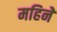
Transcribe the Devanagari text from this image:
महिनेे